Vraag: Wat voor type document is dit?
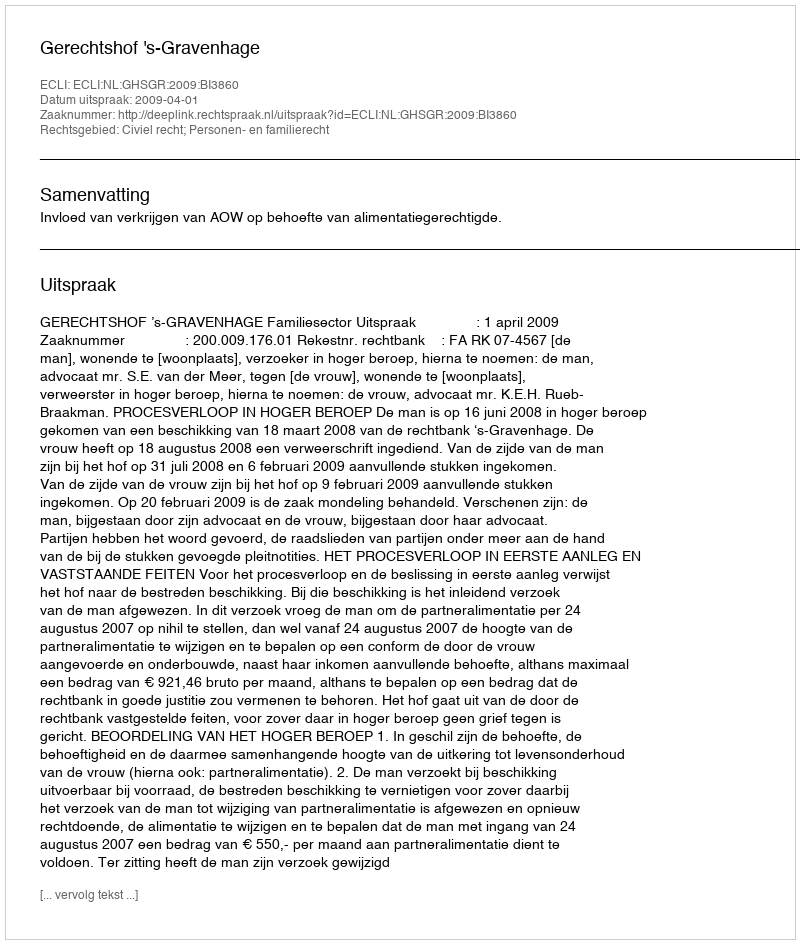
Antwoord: Uitspraak